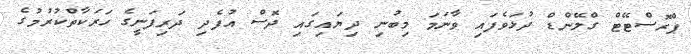
ޕްރޮސްޓޭޓް ގްލޭންޑް ދުޅަވެފައި ވާނަމަ މިބުނި ދިޔައިގައި ދޮސް އުފެދި ދަރިފަނީގެ ހަރަކާތްކުރުމުގެ